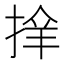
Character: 𢮡